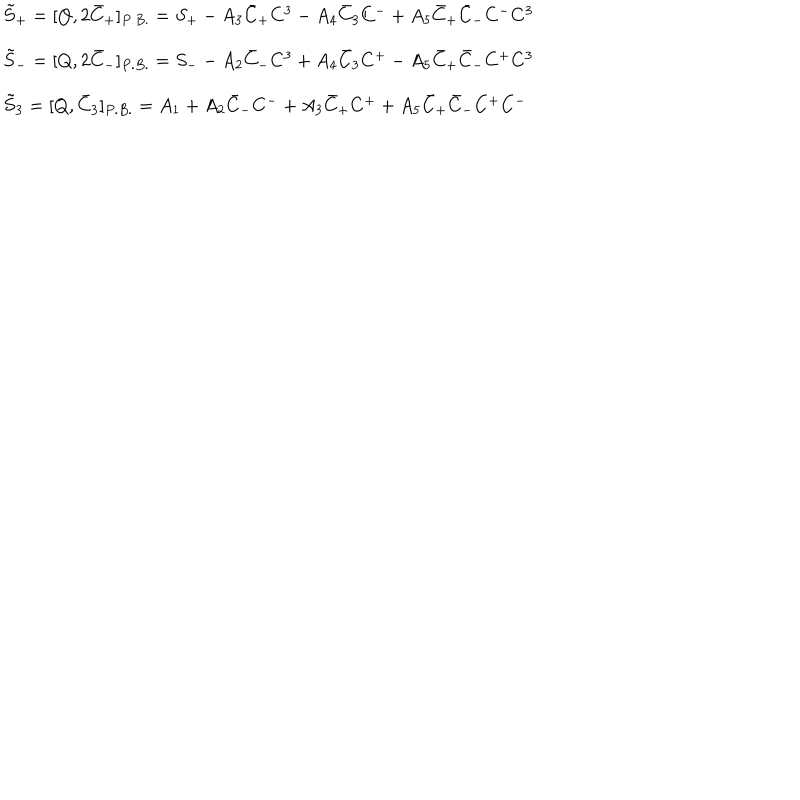
\begin{array} { l } { { \tilde { S } _ { + } = [ Q , 2 \bar { C } _ { + } ] _ { P . B . } = S _ { + } - A _ { 3 } \bar { C } _ { + } C ^ { 3 } - A _ { 4 } \bar { C } _ { 3 } C ^ { - } + A _ { 5 } \bar { C } _ { + } \bar { C } _ { - } C ^ { - } C ^ { 3 } } } \\ { { \tilde { S } _ { - } = [ Q , 2 \bar { C } _ { - } ] _ { P . B . } = S _ { - } - A _ { 2 } \bar { C } _ { - } C ^ { 3 } + A _ { 4 } \bar { C } _ { 3 } C ^ { + } - A _ { 5 } \bar { C } _ { + } \bar { C } _ { - } C ^ { + } C ^ { 3 } } } \\ { { \tilde { S } _ { 3 } = [ Q , \bar { C } _ { 3 } ] _ { P . B . } = A _ { 1 } + A _ { 2 } \bar { C } _ { - } C ^ { - } + A _ { 3 } \bar { C } _ { + } C ^ { + } + A _ { 5 } \bar { C } _ { + } \bar { C } _ { - } C ^ { + } C ^ { - } } } \\ \end{array}